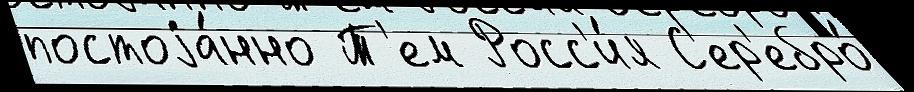
постоjа́нно Т'ем Росс'и́я С'ер'ебро́